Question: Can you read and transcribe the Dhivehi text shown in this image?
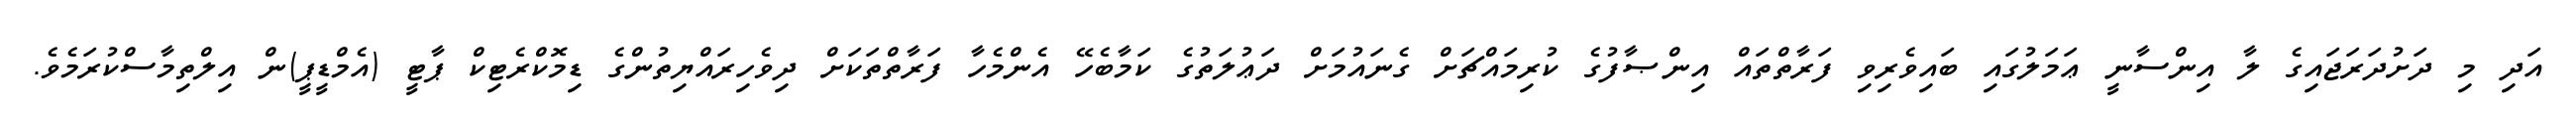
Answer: އަދި މި ދަށުދަރަޖައިގެ ލާ އިންސާނީ ޢަމަލުގައި ބައިވެރިވި ފަރާތްތައް އިންޞާފުގެ ކުރިމައްޗަށް ގެނައުމަށް ދަޢުލަތުގެ ކަމާބެހޭ އެންމެހާ ފަރާތްތަކަށް ދިވެހިރައްޔިތުންގެ ޑިމޮކްރެޓިކް ޕާޓީ (އެމްޑީޕީ)ން އިލްތިމާސްކުރަމެވެ.